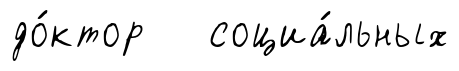
до́ктор социа́льных